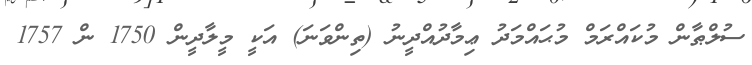
ސުލްޠާން މުކައްރަމް މުޙައްމަދު ޢިމާދުއްދީނު (ތިންވަނަ) އަކީ މީލާދީން 1750 ން 1757